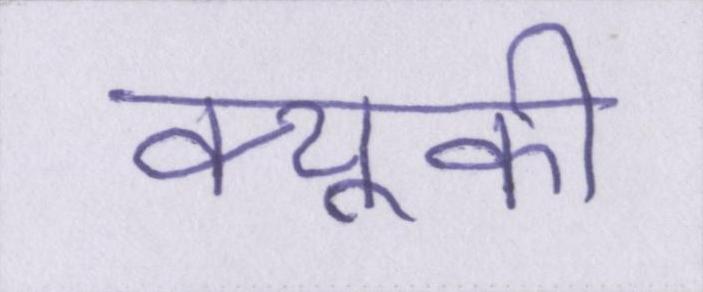
क्यूकी